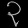
Digit: ၃